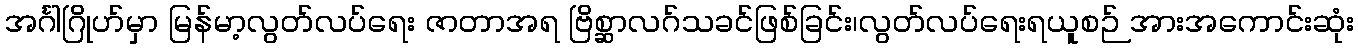
အင်္ဂါဂြိုဟ်မှာ မြန်မာ့လွတ်လပ်ရေး ဇာတာအရ ဗြိစ္ဆာလဂ်သခင်ဖြစ်ခြင်း၊လွတ်လပ်ရေးရယူစဉ် အားအကောင်းဆုံး